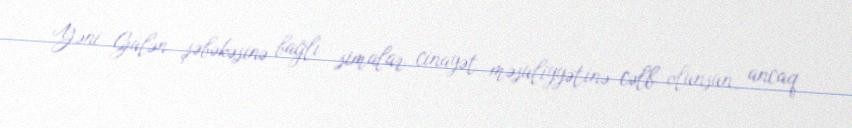
Yəni Gülən şəbəkəsinə bağlı simalar cinayət məsuliyyətinə cəlb olunsun, ancaq